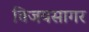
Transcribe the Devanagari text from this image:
विजयसागर